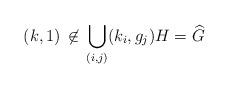
LaTeX: \begin{align*}(k, 1) \,\not\in\, \bigcup_{(i, j)} (k_i, g_j) H = \widehat{G}\end{align*}